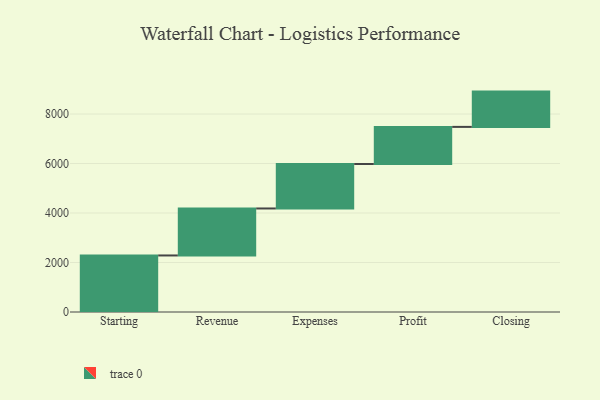
{"axis": {"x": "Step", "y": "Value"}, "legend": [""], "data": [{"x": "Starting", "y": 2285.0, "type": ""}, {"x": "Revenue", "y": 1899.0, "type": ""}, {"x": "Expenses", "y": 1797.0, "type": ""}, {"x": "Profit", "y": 1500.0, "type": ""}, {"x": "Closing", "y": 1426.0, "type": ""}]}